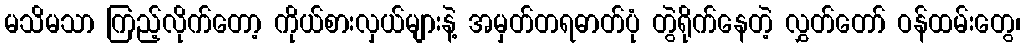
မသိမသာ ကြည့်လိုက်တော့ ကိုယ်စားလှယ်များနဲ့ အမှတ်တရဓာတ်ပုံ တွဲရိုက်နေတဲ့ လွှတ်တော် ဝန်ထမ်းတွေ၊